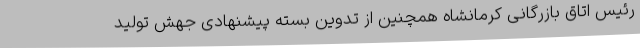
رئیس اتاق بازرگانی کرمانشاه همچنین از تدوین بسته پیشنهادی جهش تولید